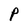
Character: P